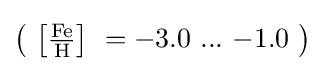
\left(\ \left[{\tfrac {{\ce {Fe}}}{{\ce {H}}}}\right]\ ={-3.0}\ ...\ {-1.0}\ \right)\